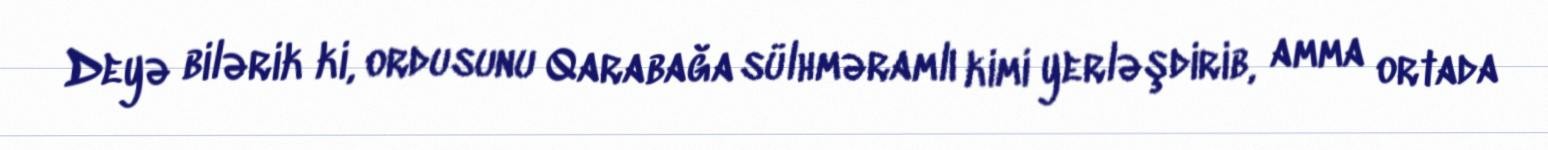
Deyə bilərik ki, ordusunu Qarabağa sülhməramlı kimi yerləşdirib, amma ortada